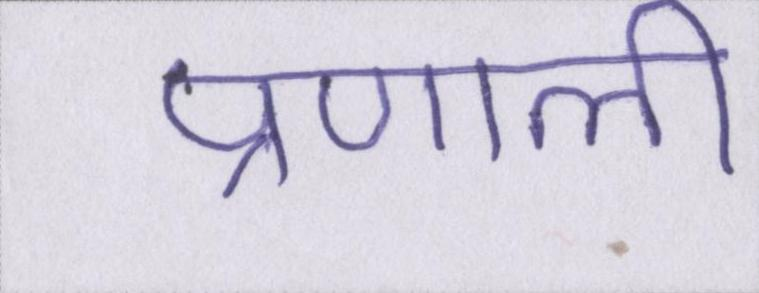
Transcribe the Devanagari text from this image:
प्रणाली